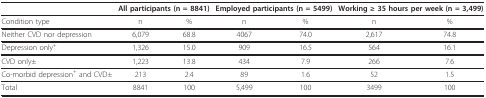
<table><thead><tr><td></td><td colspan="2"><b>All participants (n = 8841)</b></td><td colspan="2"><b>Employed participants (n = 5499)</b></td><td colspan="2"><b>Working ≥ 35 hours per week (n = 3,499)</b></td></tr></thead><tbody><tr><td>Condition type</td><td>n</td><td>%</td><td>n</td><td>%</td><td>n</td><td>%</td></tr><tr><td>Neither CVD nor depression</td><td>6,079</td><td>68.8</td><td>4067</td><td>74.0</td><td>2,617</td><td>74.8</td></tr><tr><td>Depression only<sup>+</sup></td><td>1,326</td><td>15.0</td><td>909</td><td>16.5</td><td>564</td><td>16.1</td></tr><tr><td>CVD only±</td><td>1,223</td><td>13.8</td><td>434</td><td>7.9</td><td>266</td><td>7.6</td></tr><tr><td>Co-morbid depression<sup>+ </sup>and CVD±</td><td>213</td><td>2.4</td><td>89</td><td>1.6</td><td>52</td><td>1.5</td></tr><tr><td>Total</td><td>8841</td><td>100</td><td>5,499</td><td>100</td><td>3499</td><td>100</td></tr></tbody></table>